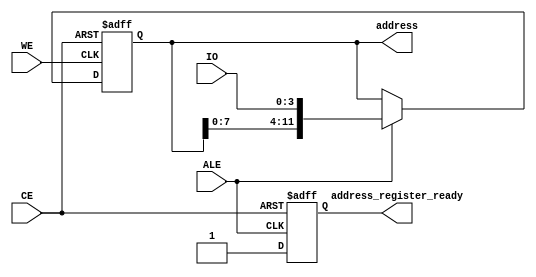
module address_register(IO,CE,WE,ALE,address_register_ready,address);
 input[3:0] IO;
 input CE;
 input WE;
 input ALE;
 output address_register_ready;
 output[11:0] address;
 wire[3:0] IO;
 reg[11:0] address;
 reg address_register_ready;
// int count ;
 always@(posedge WE or posedge CE )
  begin
   if(CE)
    begin
	 address<=0;
	 //address_ready=0;                 //
	end
   else if(!ALE)                        //
    begin
	 address<=address;
	end
   else                                 //ALE=1 IO
     address<={address[7:0],IO[3:0]};
  end
 always@(negedge ALE or posedge CE)     //
  begin
   if(CE)
    address_register_ready<=0;
   else if(!ALE)
    address_register_ready<=1;
   else
    address_register_ready<=0;
  end
endmodule